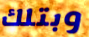
وبتلك